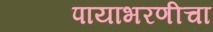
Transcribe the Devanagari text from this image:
पायाभरणीचा